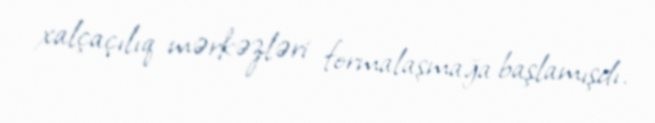
xalçaçılıq mərkəzləri formalaşmağa başlamışdı.